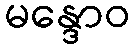
မန္ဒောဝ